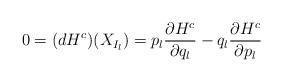
LaTeX: \begin{align*}0=(d H^c)(X_{I_l})=p_l\frac{\partial H^c}{\partial q_l}-q_l\frac{\partial H^c}{\partial p_l}\end{align*}